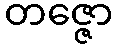
တဇ္ဇော